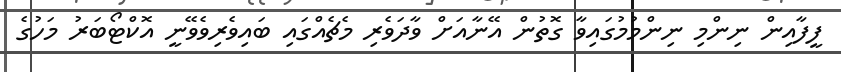
ފީފާއިން ނިންމި ނިންމުމުގައިވާ ގޮތުން އޭނާއަށް ވާދަވެރި މެޗެއްގައި ބައިވެރިވެވޭނީ އޮކްޓޯބަރު މަހުގެ